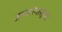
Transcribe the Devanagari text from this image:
असतांनासुध्दा